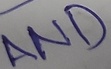
Text: AND